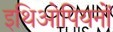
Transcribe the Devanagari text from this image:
इथिओपियनों